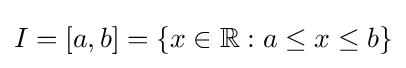
{\textstyle I=[a,b]=\{x\in \mathbb {R} :a\leq x\leq b\}}